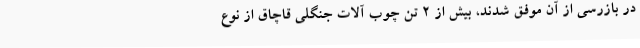
در بازرسی از آن موفق شدند، بیش از 2 تن چوب آلات جنگلی قاچاق از نوع